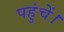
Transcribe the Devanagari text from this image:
पहुंचें।